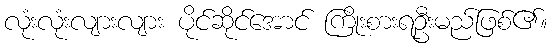
လုံးလုံးလျားလျား ပိုင်ဆိုင်အောင် ကြိုးစားရဦးမည်ဖြစ်၏။